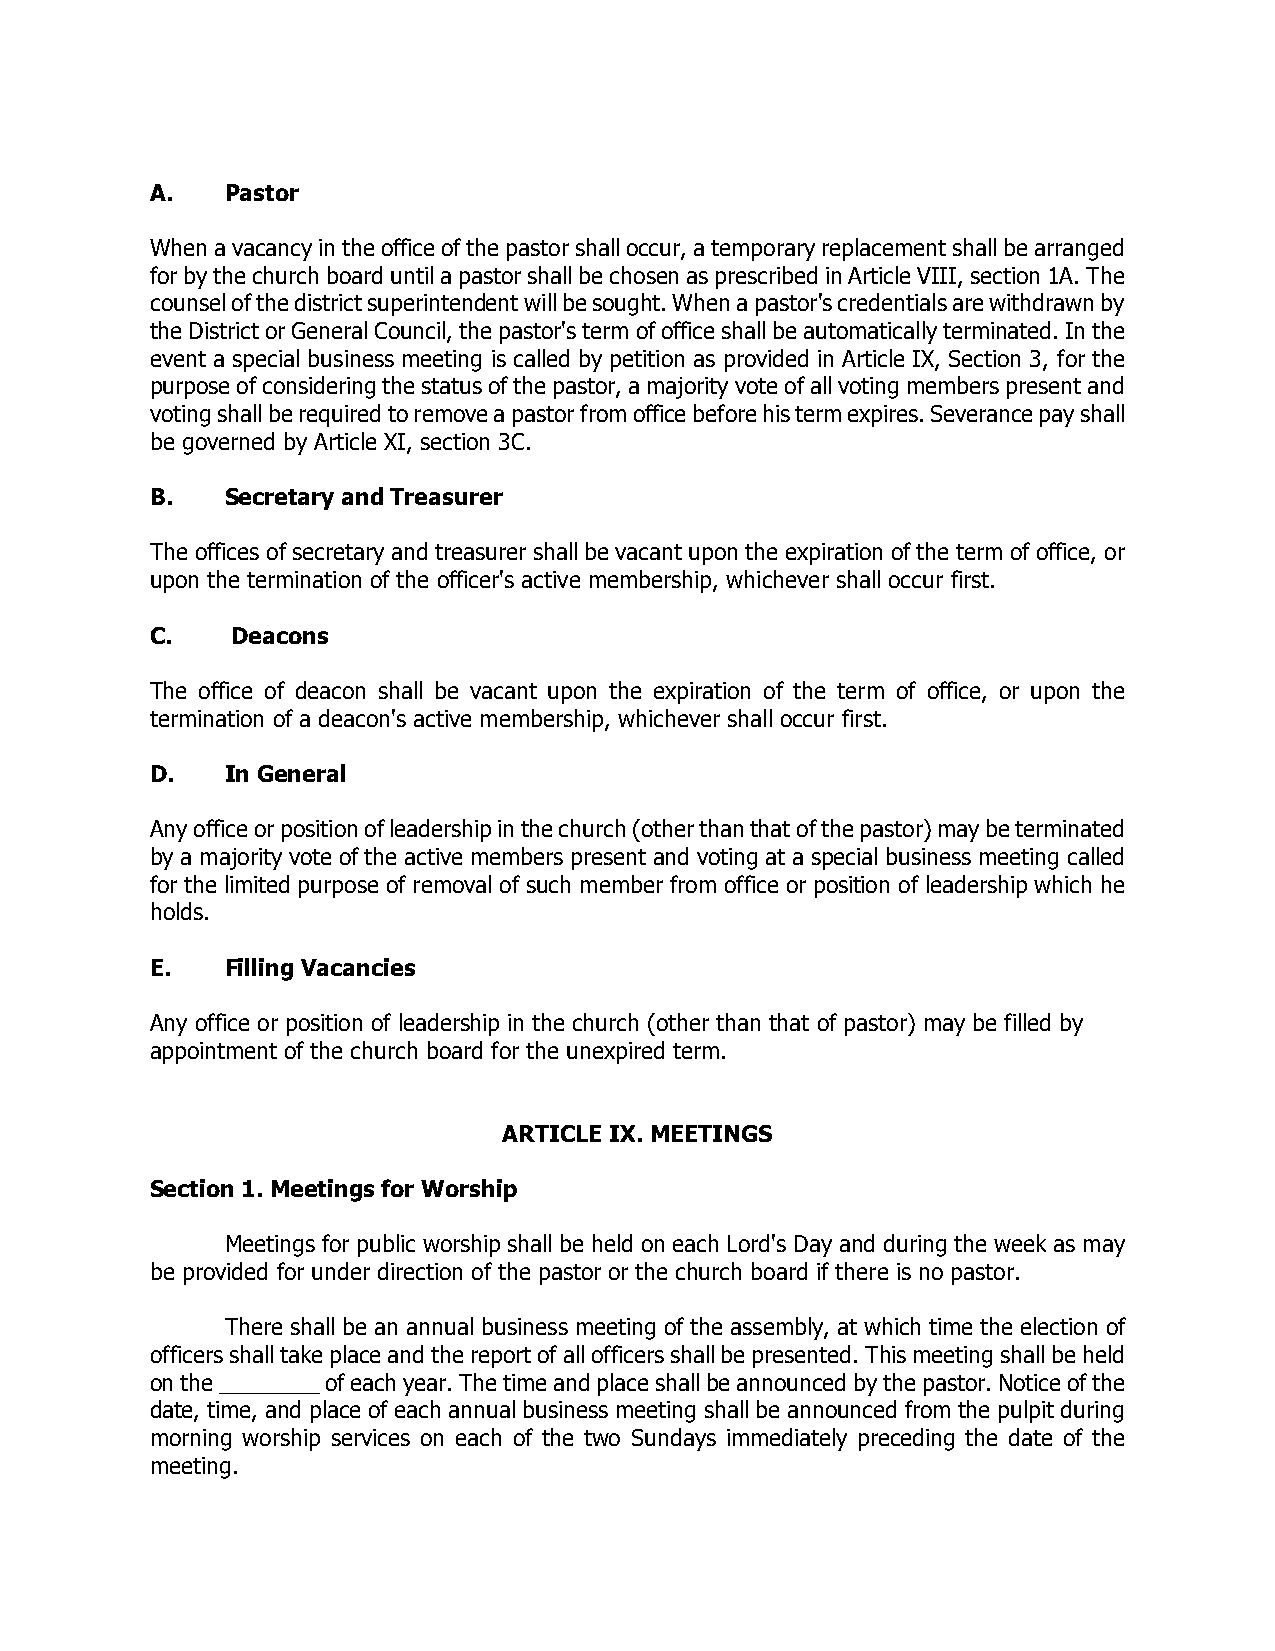
A.   Pastor
 When a vacancy in the office of the pastor shall occur, a temporary replacement shall be arranged
 for by the church board until a pastor shall be chosen as prescribed in Article VIII, section 1A. The
 counsel of the district superintendent will be sought. When a pastor's credentials are withdrawn by
 the District or General Council, the pastor's term of office shall be automatically terminated. In the
 event a special business meeting is called by petition as provided in Article IX, Section 3, for the
 purpose of considering the status of the pastor, a majority vote of all voting members present and
 voting shall be required to remove a pastor from office before his term expires. Severance pay shall
 be governed by Article XI, section 3C.
 B.   Secretary and Treasurer
 The offices of secretary and treasurer shall be vacant upon the expiration of the term of office, or
 upon the termination of the officer's active membership, whichever shall occur first.
 C.   Deacons
 The office of deacon shall be vacant upon the expiration of the term of office, or upon the
 termination of a deacon's active membership, whichever shall occur first.
 D.   In General
 Any office or position of leadership in the church (other than that of the pastor) may be terminated
 by a majority vote of the active members present and voting at a special business meeting called
 for the limited purpose of removal of such member from office or position of leadership which he
 holds.
 E.   Filling Vacancies
 Any office or position of leadership in the church (other than that of pastor) may be filled by
 appointment of the church board for the unexpired term.
 ARTICLE IX. MEETINGS
 Section 1. Meetings for Worship
 Meetings for public worship shall be held on each Lord's Day and during the week as may
 be provided for under direction of the pastor or the church board if there is no pastor.
 There shall be an annual business meeting of the assembly, at which time the election of
 officers shall take place and the report of all officers shall be presented. This meeting shall be held
 on the ________ of each year. The time and place shall be announced by the pastor. Notice of the
 date, time, and place of each annual business meeting shall be announced from the pulpit during
 morning worship services on each of the two Sundays immediately preceding the date of the
 meeting.